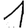
Digit: 1